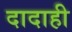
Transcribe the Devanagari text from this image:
दादाही